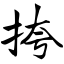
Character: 挎